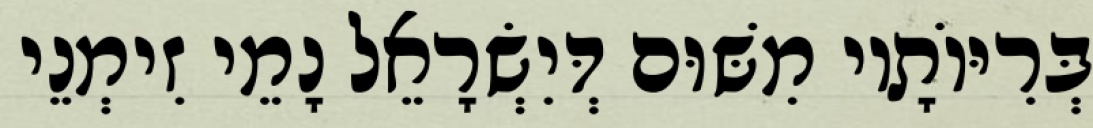
בְּרִיּוֹתָיו מִשּׁוּם דְּיִשְׂרָאֵל נָמֵי זִימְנֵי